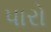
પારો